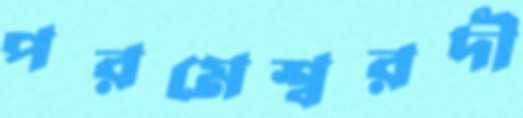
পরমেশ্বরদী